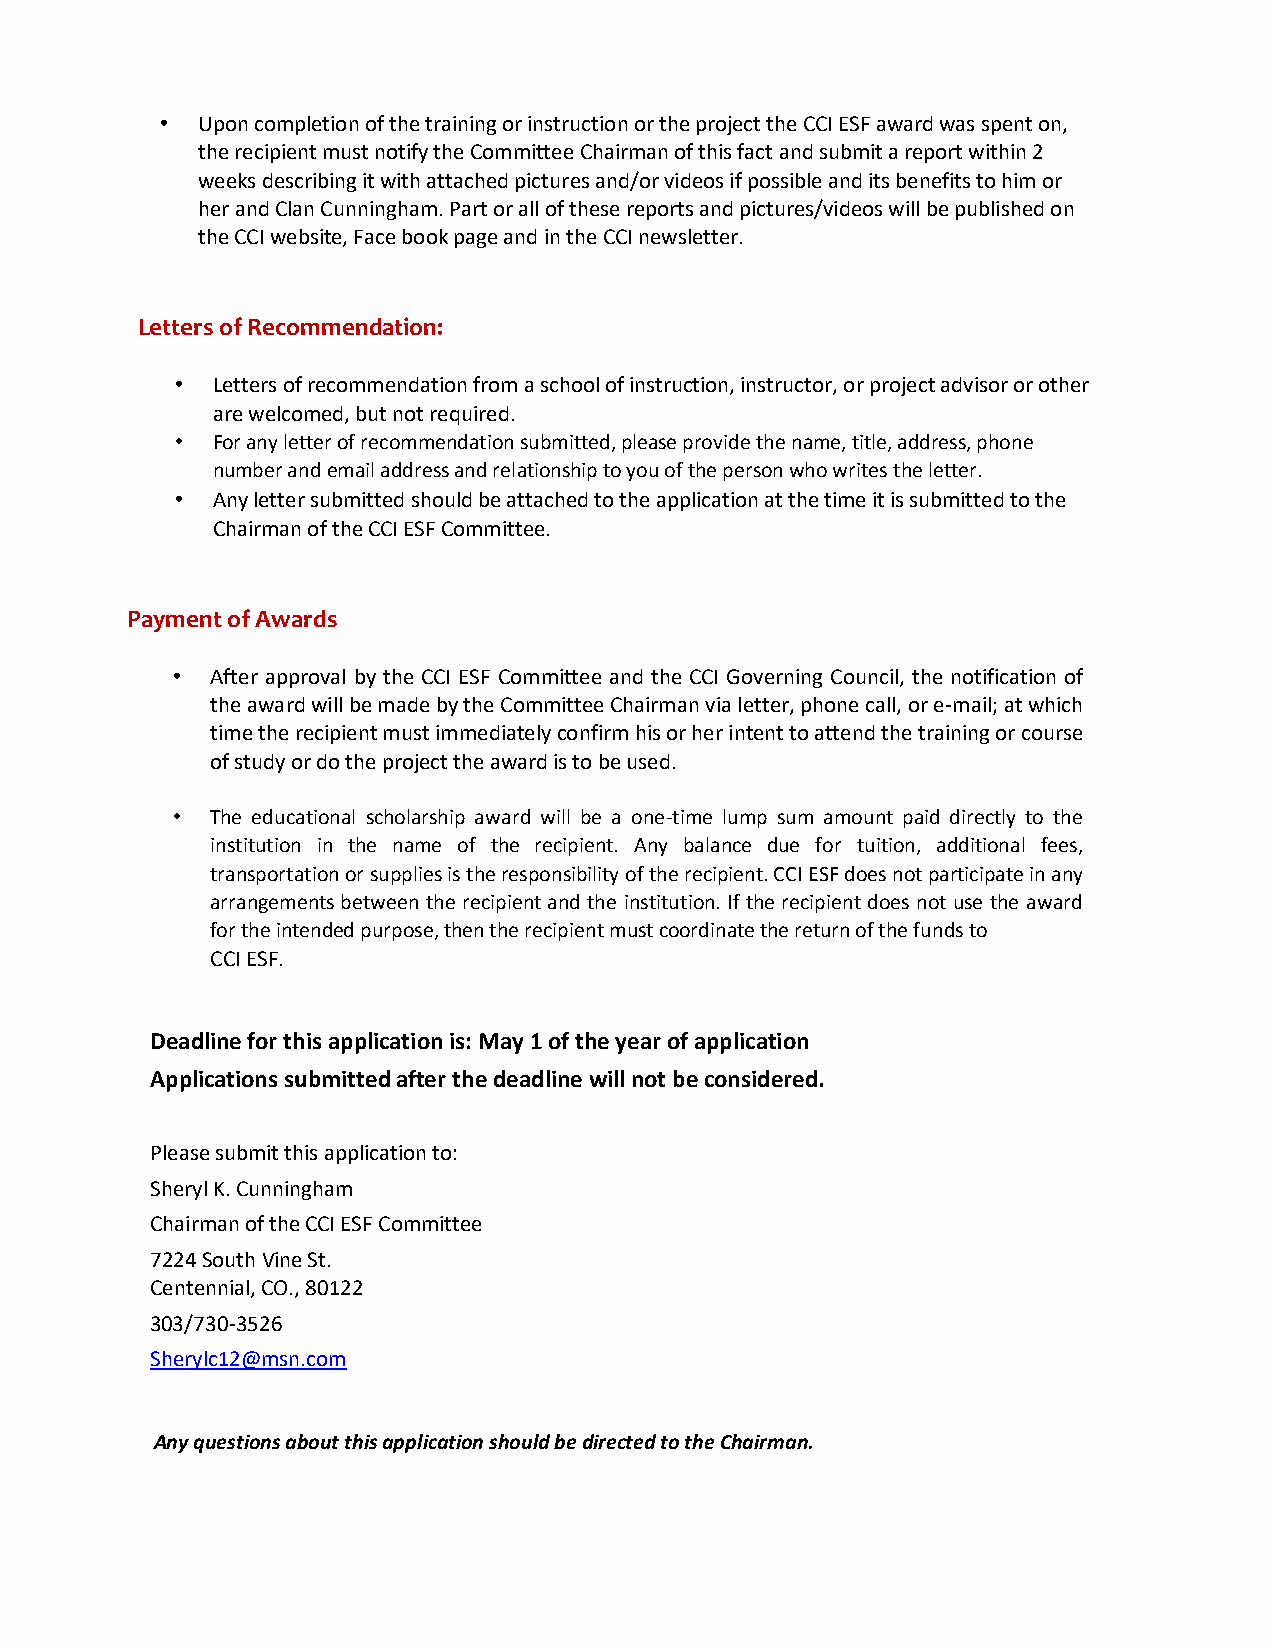
• Upon completion of the training or instruction or the project the CCI ESF award was spent on,
 the recipient must notify the Committee Chairman of this fact and submit a report within 2
 weeks describing it with attached pictures and/or videos if possible and its benefits to him or
 her and Clan Cunningham. Part or all of these reports and pictures/videos will be published on
 the CCI website, Face book page and in the CCI newsletter.
 Letters of Recommendation:
 • Letters of recommendation from a school of instruction, instructor, or project advisor or other
 are welcomed, but not required.
 • For any letter of recommendation submitted, please provide the name, title, address, phone
 number and email address and relationship to you of the person who writes the letter.
 • Any letter submitted should be attached to the application at the time it is submitted to the
 Chairman of the CCI ESF Committee.
 Payment of Awards
 •  After approval by the CCI ESF Committee and the CCI Governing Council, the notification of
 the award will be made by the Committee Chairman via letter, phone call, or e-mail; at which
 time the recipient must immediately confirm his or her intent to attend the training or course
 of study or do the project the award is to be used.
 •  The educational scholarship award will be a one-time lump sum amount paid directly to the
 institution in the name of the recipient. Any balance due for tuition, additional fees,
 transportation or supplies is the responsibility of the recipient. CCI ESF does not participate in any
 arrangements between the recipient and the institution. If the recipient does not use the award
 for the intended purpose, then the recipient must coordinate the return of the funds to
 CCI ESF.
 Deadline for this application is: May 1 of the year of application
 Applications submitted after the deadline will not be considered.
 Please submit this application to:
 Sheryl K. Cunningham
 Chairman of the CCI ESF Committee
 7224 South Vine St.
 Centennial, CO., 80122
 303/730-3526
 Sherylc12@msn.com
 Any questions about this application should be directed to the Chairman.